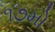
૧૭મો